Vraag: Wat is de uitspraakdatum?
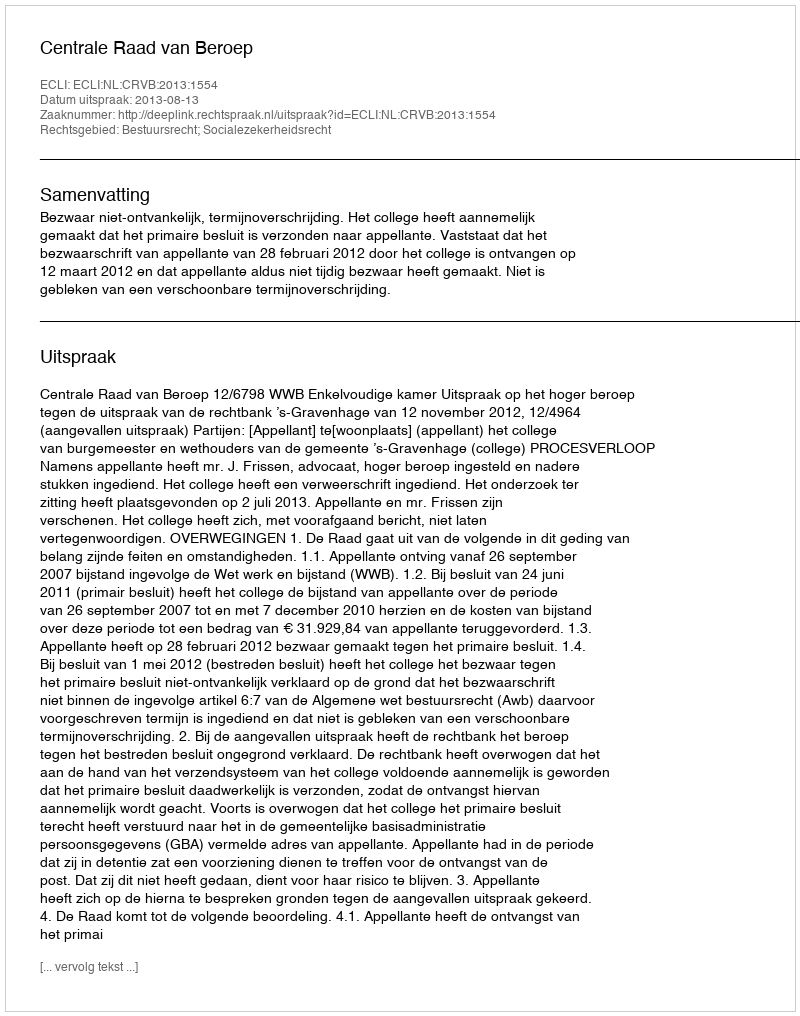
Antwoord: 2013-08-13